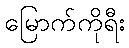
မြောက်ကိုရီး